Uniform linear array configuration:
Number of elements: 4
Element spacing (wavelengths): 0.75
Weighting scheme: uniform
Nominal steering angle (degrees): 15
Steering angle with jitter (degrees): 14.533
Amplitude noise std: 0.05
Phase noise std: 0.05

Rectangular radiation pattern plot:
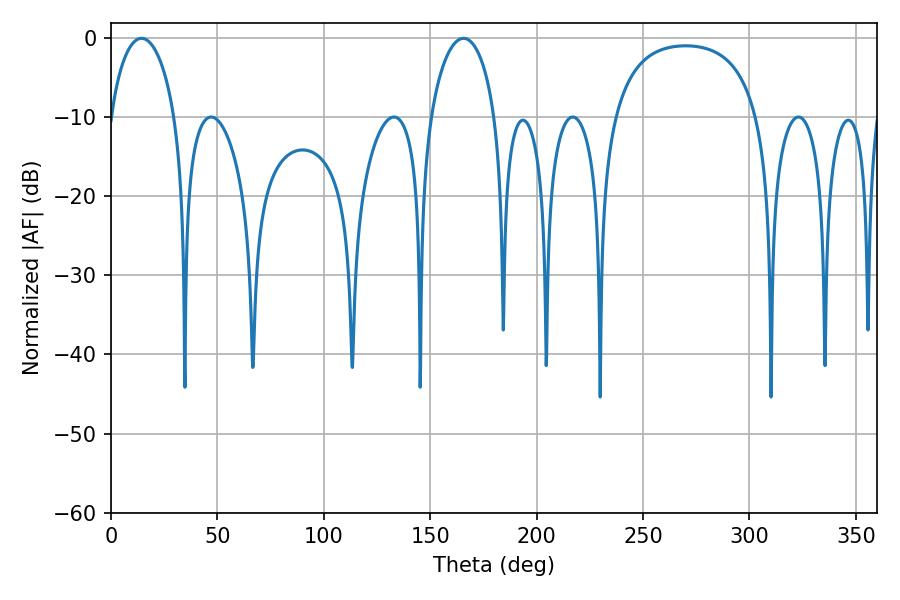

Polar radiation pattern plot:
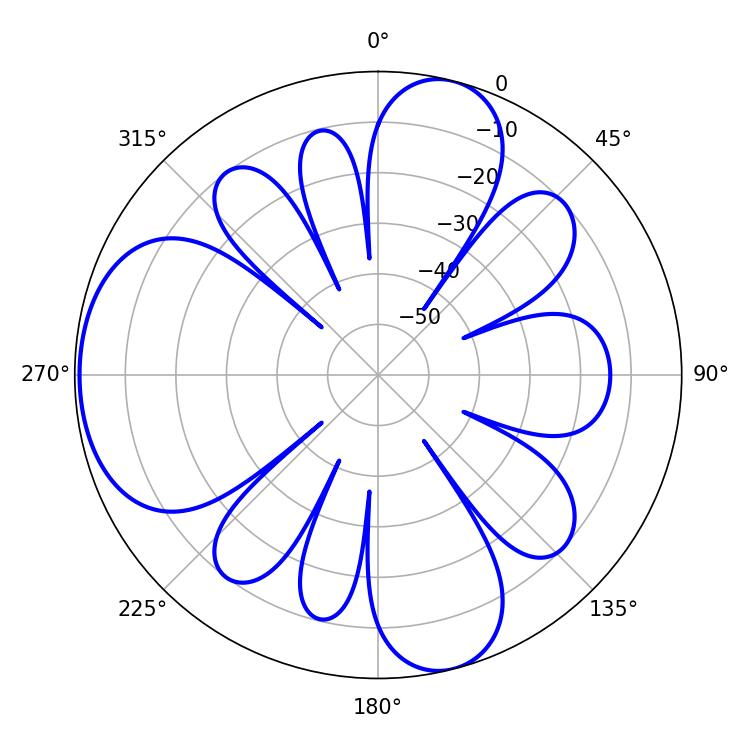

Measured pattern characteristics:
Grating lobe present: TRUE
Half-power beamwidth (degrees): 17.46
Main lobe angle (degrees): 14.4